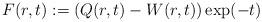
LaTeX: \begin{align*}F(r,t):=(Q(r,t)-W(r,t))\exp(- t)\end{align*}